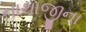
નાથાજીના